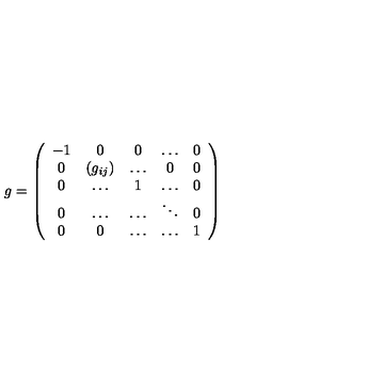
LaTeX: g = \left( \begin{array} { c c c c c } { - 1 } & { 0 } & { 0 } & { \dots } & { 0 } \\ { 0 } & { ( g _ { i j } ) } & { \dots } & { 0 } & { 0 } \\ { 0 } & { \dots } & { 1 } & { \dots } & { 0 } \\ { 0 } & { \dots } & { \dots } & { \ddots } & { 0 } \\ { 0 } & { 0 } & { \dots } & { \dots } & { 1 } \\ \end{array} \right)